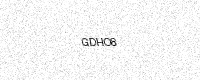
Text: GDHO8